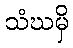
သံဃမှိ